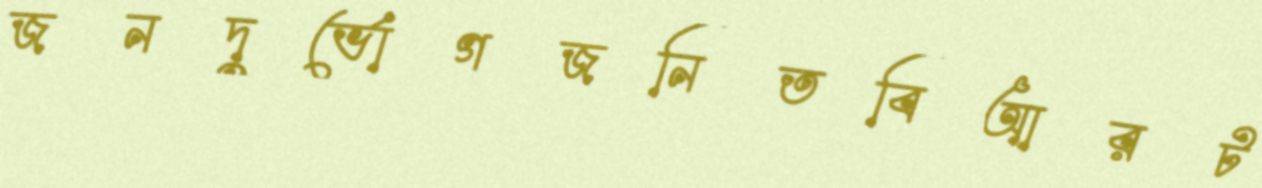
জনদুর্ভোগজনিতবিআরট